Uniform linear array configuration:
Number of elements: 24
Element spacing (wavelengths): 1
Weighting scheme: binomial
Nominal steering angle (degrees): -15
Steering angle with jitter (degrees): -14.221
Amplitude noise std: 0.05
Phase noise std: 0.05

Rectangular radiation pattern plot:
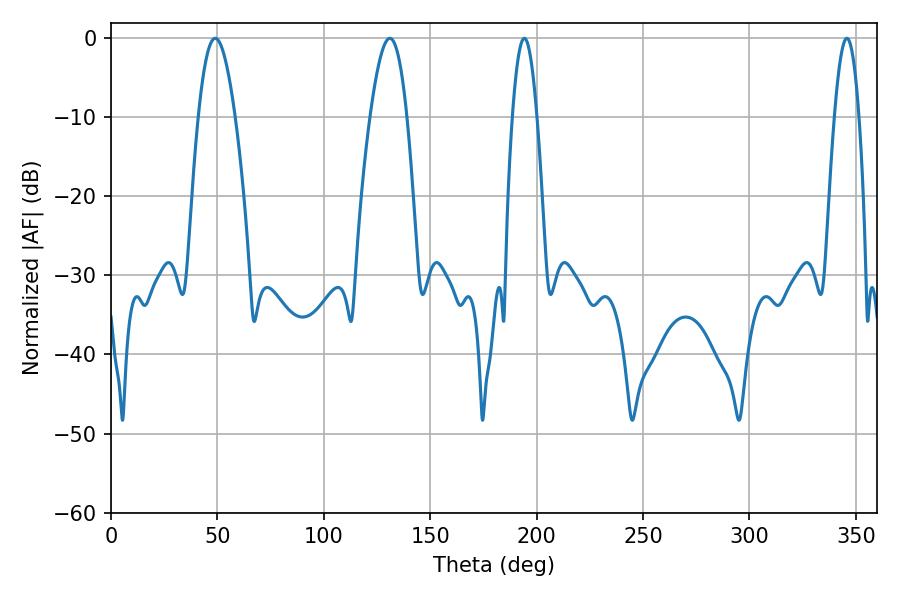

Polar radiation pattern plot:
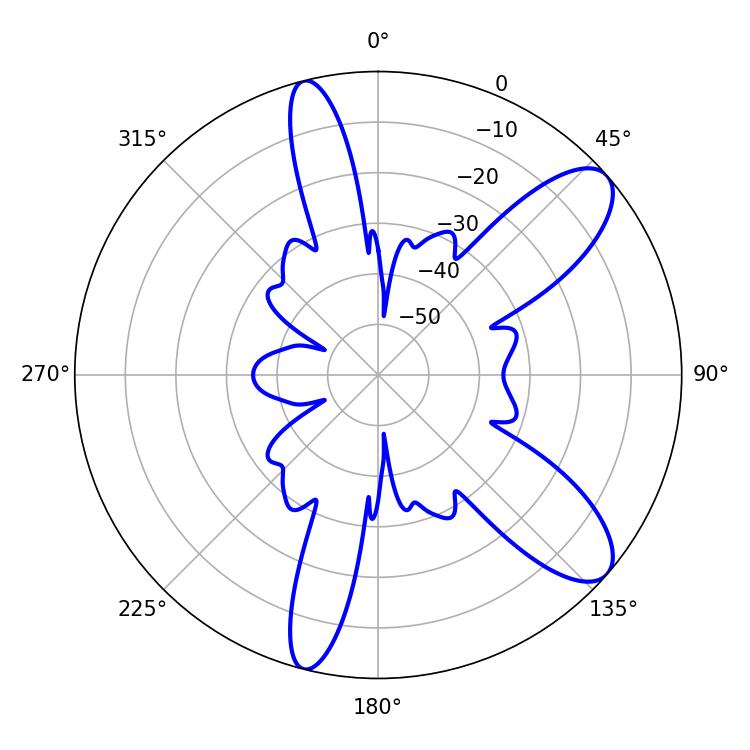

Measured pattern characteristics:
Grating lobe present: TRUE
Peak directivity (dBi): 9.786
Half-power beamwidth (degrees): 6.3
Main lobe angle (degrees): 194.22